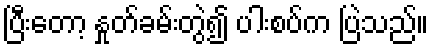
ပြီးတော့ နှုတ်ခမ်းတွဲ၍ ပါးစပ်က ပြဲသည်။